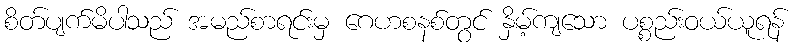
စိတ်ပျက်မိပါသည် အမည်စာရင်းမှ ဂေဟစနစ်တွင် နှိမ့်ကျသော ပစ္စည်းဝယ်ယူရန်